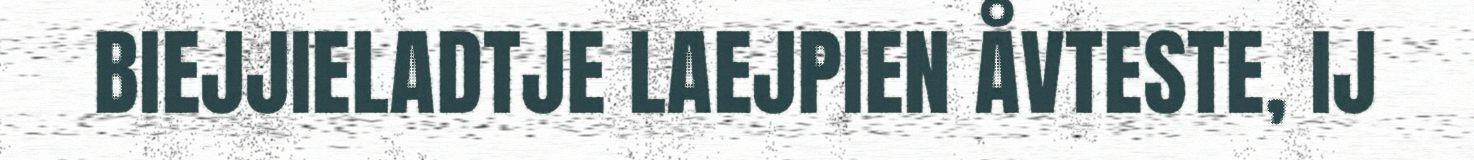
BIEJJIELADTJE LAEJPIEN ÅVTESTE, IJ